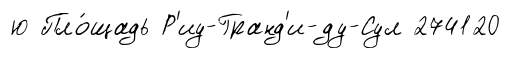
ю Пло́щадь Р'иу-Гранд'и-ду-Сул 274120